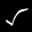
Label: 5